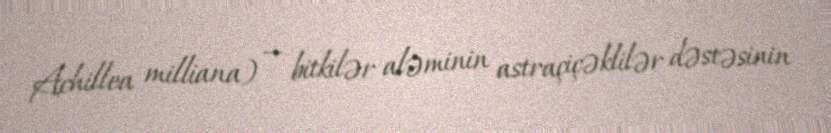
Achillea milliana) — bitkilər aləminin astraçiçəklilər dəstəsinin